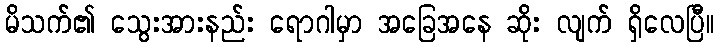
မိသက်၏ သွေးအားနည်း ရောဂါမှာ အခြေအနေ ဆိုး လျက် ရှိလေပြီ။